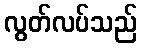
လွတ်လပ်သည်